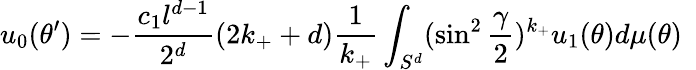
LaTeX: u_{0}(\theta^{\prime})=-{\frac{c_{1}l^{d-1}}{2^{d}}}(2k_{+}+d){\frac{1}{k_{+}}}\int_{S^{d}}(\sin^{2}{\frac{\gamma}{2}})^{k_{+}}u_{1}(\theta)d\mu(\theta)~~